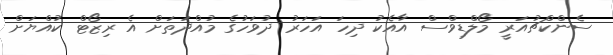
ސެންކްޗުއަރީ މޯލްޑިވްސް އާއެކު ދިހަ އަހަރު ދުވަހުގެ މުއްދަތަށް އެ ރިޒޯޓް ކުއްޔަށް